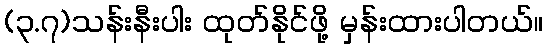
(၃.၇)သန်းနီးပါး ထုတ်နိုင်ဖို့ မှန်းထားပါတယ်။